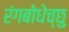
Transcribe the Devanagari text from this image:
रंगबोधेच्छु